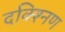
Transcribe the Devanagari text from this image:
दक्श्निण